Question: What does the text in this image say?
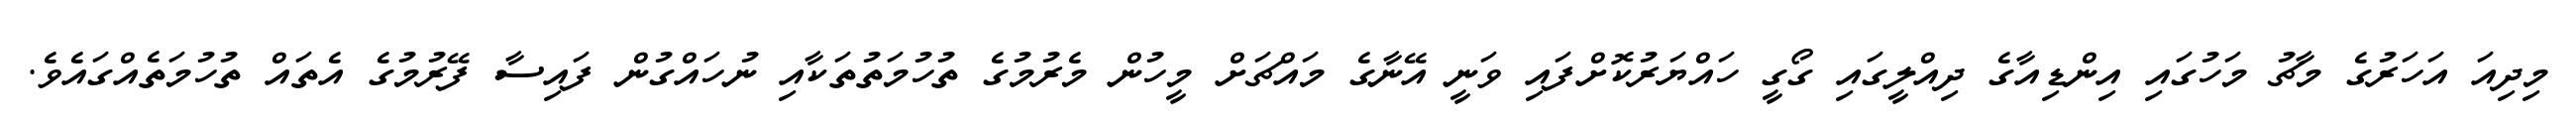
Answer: މިދިއަ އަހަރުގެ މާޗު މަހުގައި އިންޑިއާގެ ދިއްލީގައި ގޯގީ ހައްޔަރުކޮށްފައި ވަނީ އޭނާގެ މައްޗަށް މީހުން މެރުމުގެ ތުހުމަތުތަކާއި ނުހައްގުން ފައިސާ ފޭރުމުގެ އެތައް ތުހުމަތެއްގައެވެ.